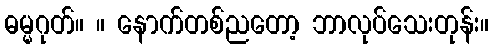
ဓမ္မဂုတ်။ ။ နောက်တစ်ညတော့ ဘာလုပ်သေးတုန်း။